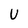
Character: U